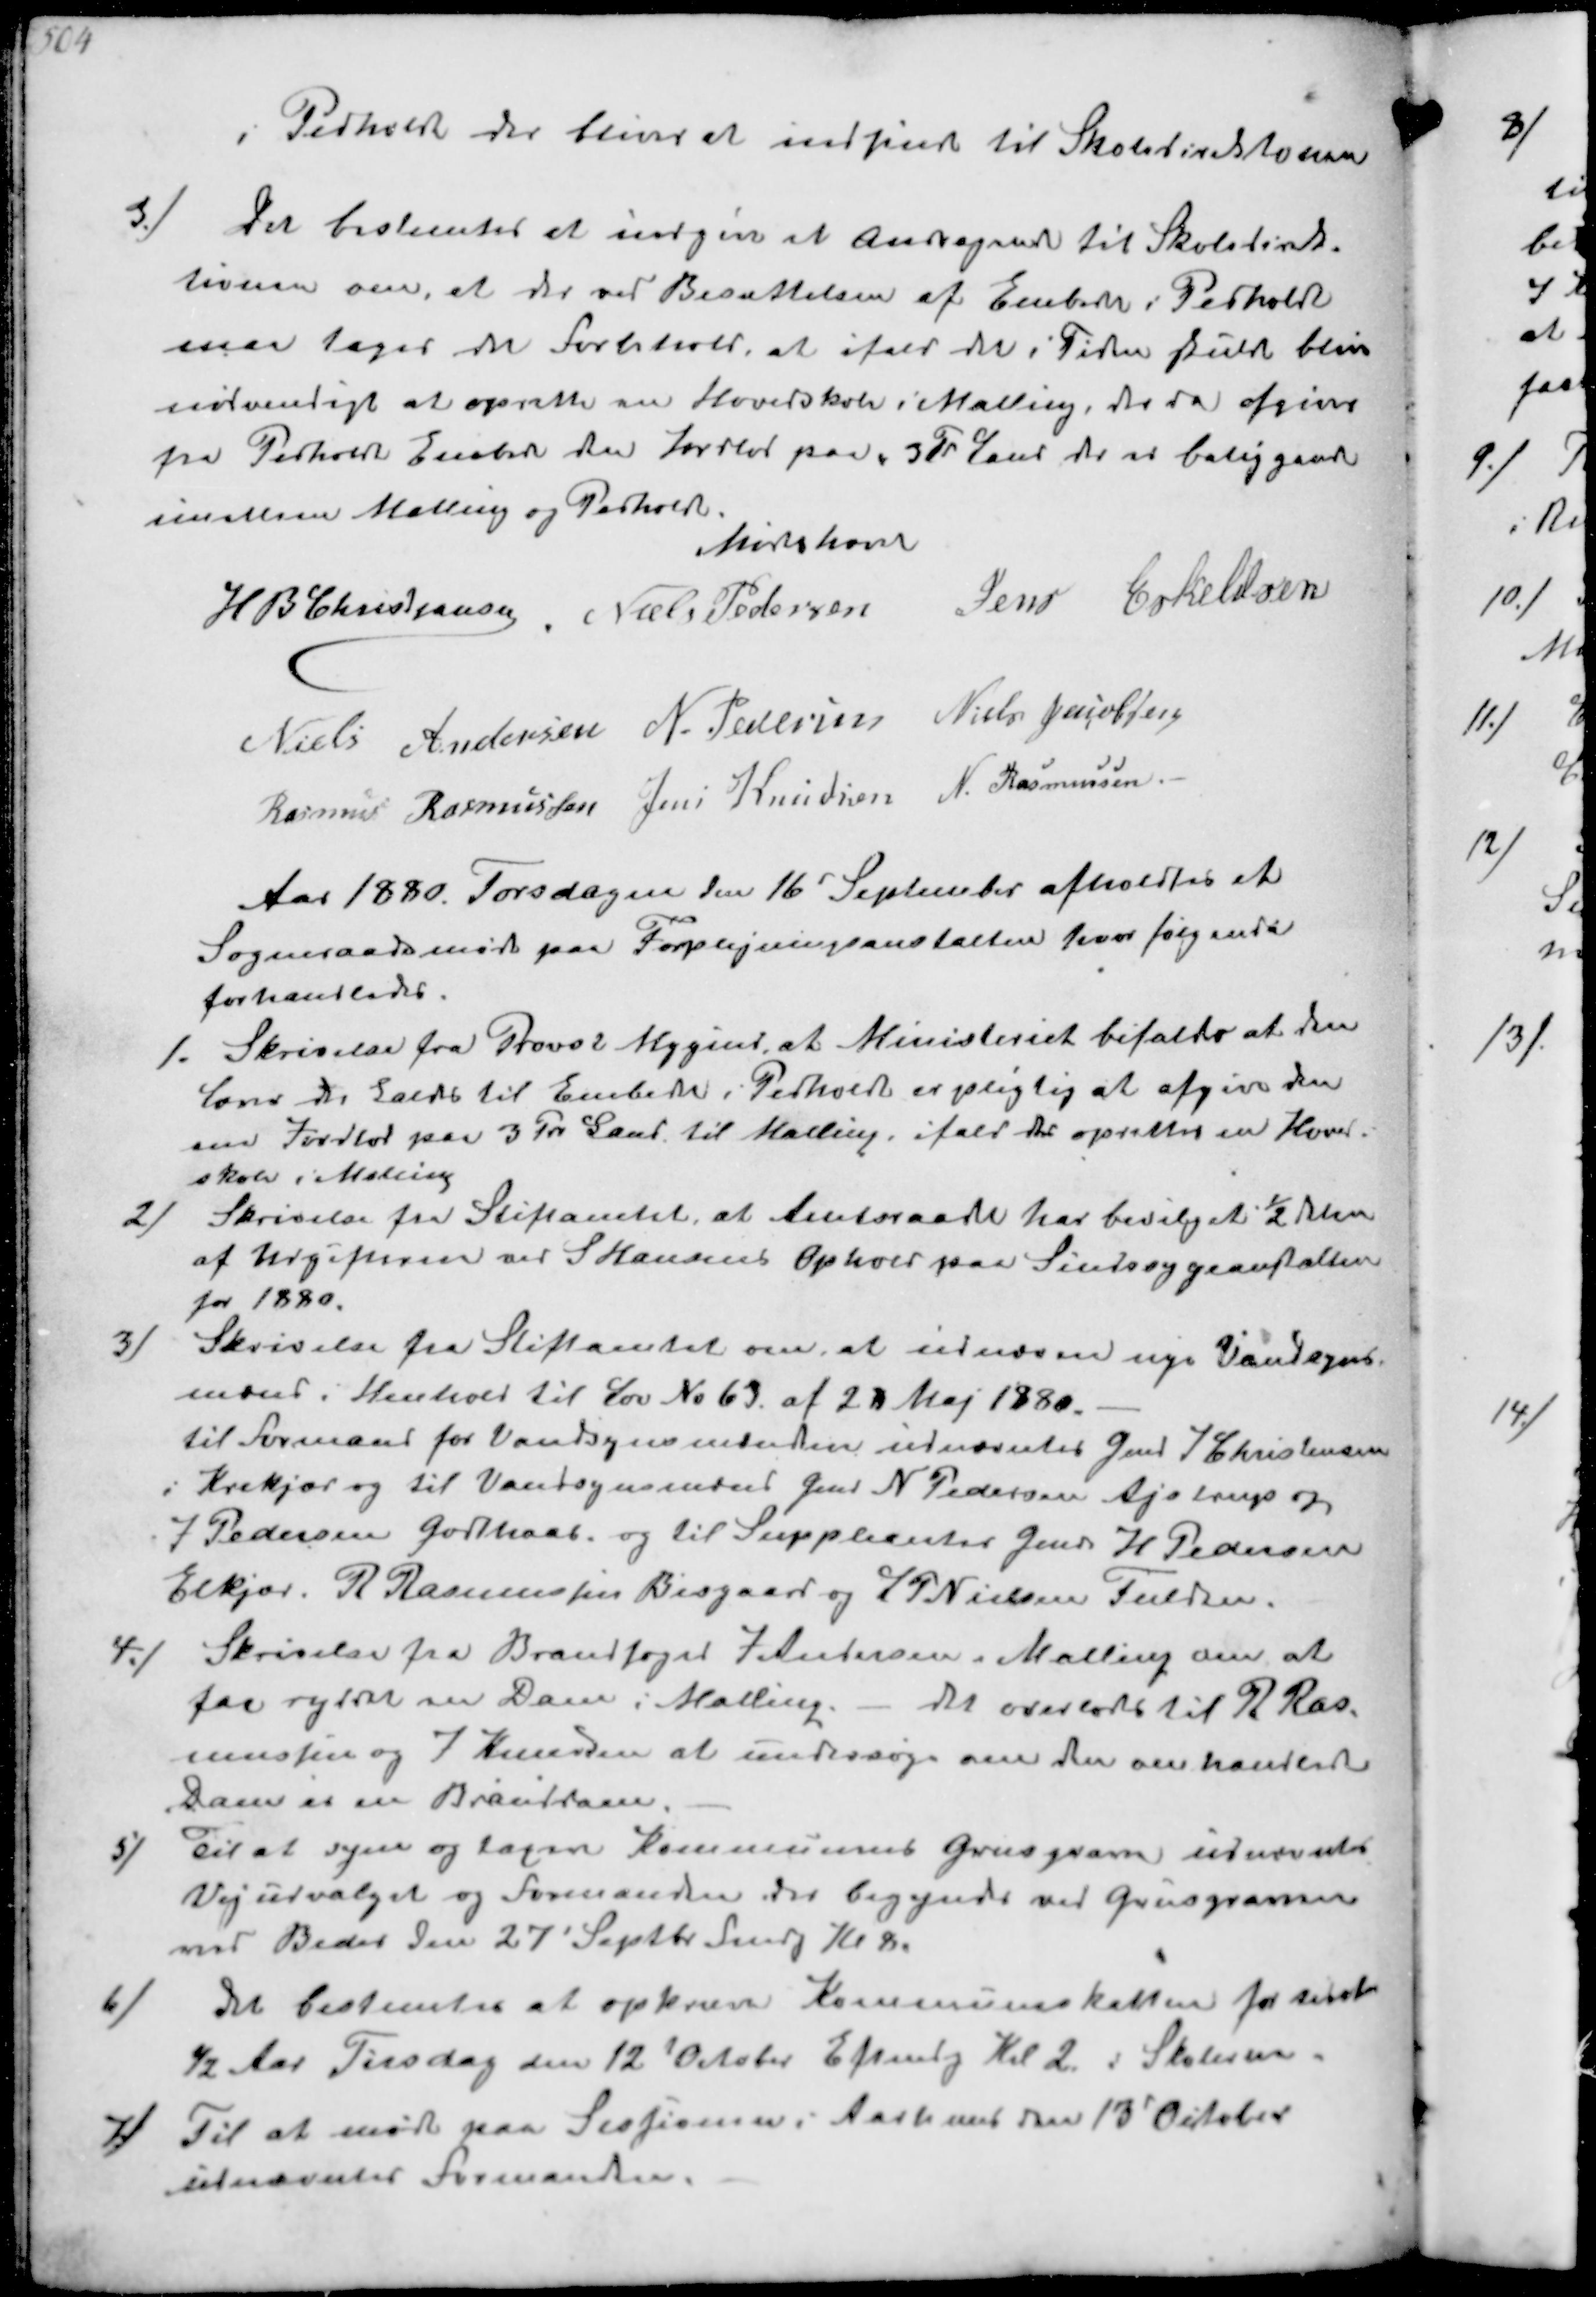
Transskription:
i Pedholdt der bliver at indsende til Skoledirektionen
3./
Det bestemter at indgive et Andragende til Skoledirek-
tionen om, at der ved Besættelsen af Embedet i Perholdt
maa tages det Forbehold, at ifald det i Tiden skulde blive
nødvendigt at oprette en Hovedskole i Malling, der da afgives
fra Perholdt Embede den Jordlod paa 3Td  Land der er beliggende
imellem Malling og Pedholdt.
Mødet hævet
H B Christjansen
Niels Pedersen
Jens Eskeldsen
Niels Andersen
N. Pedersen
Niels Jacobsen
Rasmus Rasmussen
Jens Knudsen
N. Rasmussen

Aar 1880. Torsdagen den 16d September afholdtes et
Sogneraadsmøde paa Forplejningsanstalten hvor følgende
forhandledes
1.
Skrivelse fra Provst Mygind, at Ministeriet bifaldt at den
Lærer der kaldt til Embede i Pedholdt er pligtig at afgive den
sin Jordlod paa 3 Tdr Land til Malling, ifald der oprettes en Hoved-.
skole i Mallng
2/
Skrivelse fra Stiftamtet, at Amtsraadet har bevilget ½ Delen
af Udgifterne ved S Hansens Ophold paa Sindssygeanstalten
for 1880.
3/
Skrivelse fra Stiftamtet om at udnævne nye Vandsyns-
mænd  i Henhold til Lov No 63 af 23 Maj 1880.
til Formand for Vandsynsm ændeneudnævntet Gmd J Christensen
i Krekjær og til Vandsynsmænd Gmd N Pedersen Ajstrup og
J Pedersen Godthaab og til Suppleanter Gmd H Pedersen
Elkjær. R Rasmussen Bisgaard og J P Nielsen Fulden
4./
Skrivelse fra Brandfoged J Antersen i Malling om at
for ryddet en Dam i Malling. - det overlode til R Ras-
mussen og J Knudsen at undersøge om den omhandlede
ham er en Branddam
5/
Til at syne og taxere Kommunens Grusgrave udnævntes
Vejudvalget og Formanden der begynde ved Grusgraven
ved Bedes den 27 Septbr Fmdg Kl 8.
6/
Det bestemtes at opkræve Kommuneskatten for sidste
½ Aar Tirsdag den 12 Oktober Eftmdg Kl  2 i Skolerne
7/
Til at møde paa Sessionen i Aarhuus den 13' October
udnævntes Formanden.